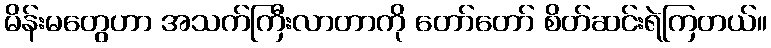
မိန်းမတွေဟာ အသက်ကြီးလာတာကို တော်တော် စိတ်ဆင်းရဲကြတယ်။